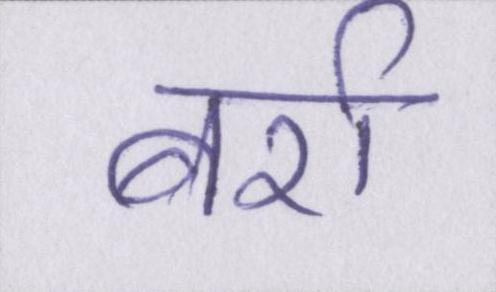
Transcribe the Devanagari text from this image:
बर्रा